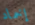
إخماد